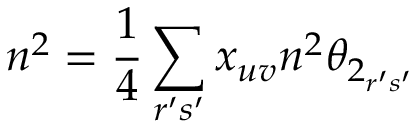
n ^ { 2 } = \frac { 1 } { 4 } \sum _ { r ^ { \prime } s ^ { \prime } } x _ { u v } n ^ { 2 } \theta _ { 2 _ { r ^ { \prime } s ^ { \prime } } }